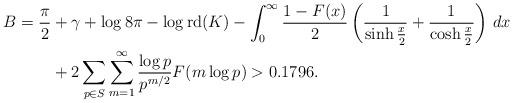
LaTeX: \begin{align*}B = \frac{\pi}{2} &+ \gamma + \log{8\pi} - \log \operatorname{rd}(K) - \int_0^\infty \frac{1-F(x)}{2}\left( \frac{1}{\sinh{\frac{x}{2}}} + \frac{1}{\cosh{\frac{x}{2}}} \right) \, dx \\& + 2 \sum_{p \in S} \sum_{m=1}^\infty \frac{\log p}{p^{m/2}}F(m \log p) > 0.1796.\end{align*}